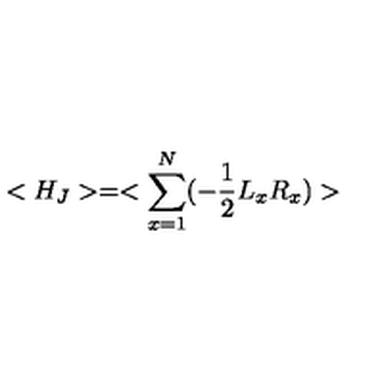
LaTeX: < H _ { J } > = < \sum _ { x = 1 } ^ { N } ( - \frac { 1 } { 2 } L _ { x } R _ { x } ) >